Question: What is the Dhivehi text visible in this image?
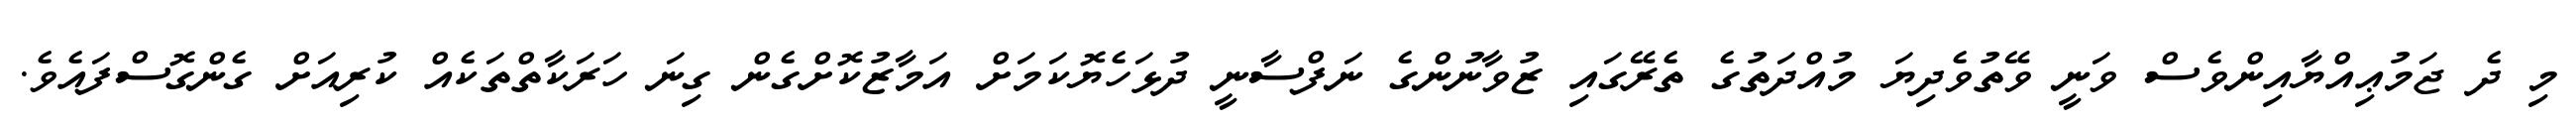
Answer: މި ދެ ޖަމުޢިއްޔާއިންވެސް ވަނީ ވޭތުވެދިޔަ މުއްދަތުގެ ތެރޭގައި ޒުވާނުންގެ ނަފްސާނީ ދުޅަހެޔޮކަމަށް އަމާޒުކޮށްގެން ގިނަ ހަރަކާތްތަކެއް ކުރިއަށް ގެންގޮސްފައެވެ.